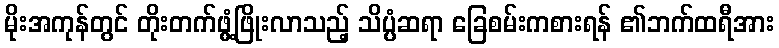
မိုးအကုန်တွင် တိုးတက်ဖွံ့ဖြိုးလာသည့် သိပ္ပံဆရာ ခြေစမ်းကစားရန် ၏ဘက်ထရီအား